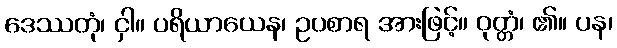
ဒေဿတုံ၊ ငှါ။ ပရိယာယေန၊ ဥပစာရ အားဖြင့်။ ဝုတ္တံ၊ ၏။ ပန၊